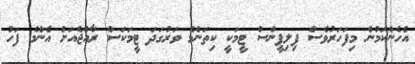
އެހެންކަމުން މިފަހަރުވެސް ފިލިޕީންސް ޓީމަކީ ކިތަންމެ ވަރުގަދަ ޓީމަކަސް ރާއްޖެއަށް އެންމެ ފަހު